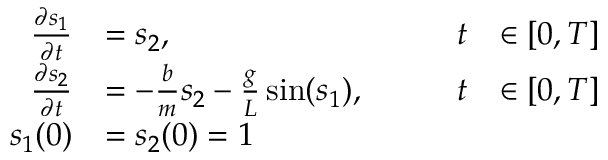
\begin{array} { r l r l } { \frac { \partial s _ { 1 } } { \partial t } } & { = s _ { 2 } , \qquad } & { t } & { \in [ 0 , T ] } \\ { \frac { \partial s _ { 2 } } { \partial t } } & { = - \frac { b } { m } s _ { 2 } - \frac { g } { L } \sin ( s _ { 1 } ) , \qquad } & { t } & { \in [ 0 , T ] } \\ { s _ { 1 } ( 0 ) } & { = s _ { 2 } ( 0 ) = 1 } \end{array}